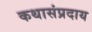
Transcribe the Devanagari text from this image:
कथासंप्रदाय